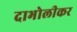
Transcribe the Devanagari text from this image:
दाभोलीकर